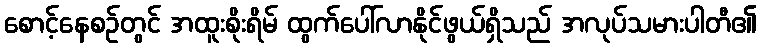
စောင့်နေစဉ်တွင် အထူးစိုးရိမ် ထွက်ပေါ်လာနိုင်ဖွယ်ရှိသည် အလုပ်သမားပါတီ၏